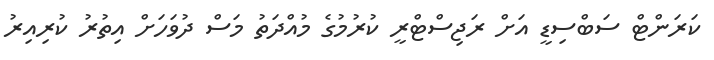
ކަރަންޓް ސަބްސިޑީ އަށް ރަޖިސްޓްރީ ކުރުމުގެ މުއްދަތު މަސް ދުވަހަށް އިތުރު ކުރިއިރު